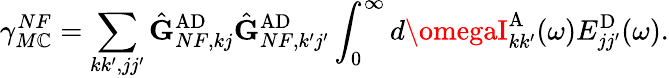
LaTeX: \gamma_{M\mathbb{C}}^{NF}=\sum_{kk^{\prime},jj^{\prime}}\hat{{\mathbf{{G}}}}_{NF,kj}^{\mathrm{{AD}}}\hat{{\mathbf{{G}}}}_{NF,k^{\prime}j^{\prime}}^{\mathrm{{AD}}}\int_{0}^{\infty}d\omegaI_{kk^{\prime}}^{\mathrm{{A}}}(\omega)E_{jj^{\prime}}^{\mathrm{{D}}}(\omega).